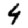
Digit: 4